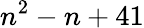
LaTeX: n^{2}-n+41